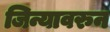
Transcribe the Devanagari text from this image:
जिन्यावरुन